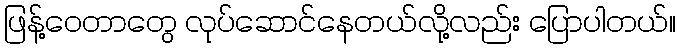
ဖြန့်ဝေတာတွေ လုပ်ဆောင်နေတယ်လို့လည်း ပြောပါတယ်။